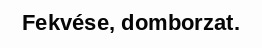
Fekvése, domborzat.